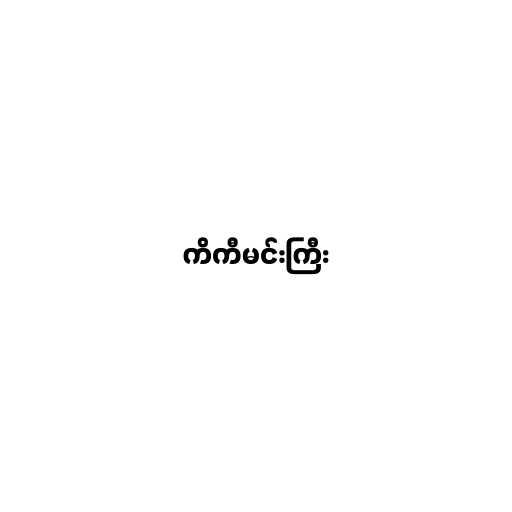
ကိကီမင်းကြီး